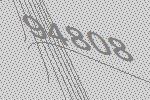
94808